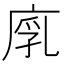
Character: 𢉚